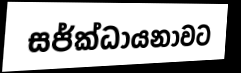
සජ්ක්ධායනාවට